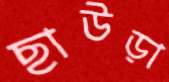
ছাউড়া